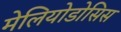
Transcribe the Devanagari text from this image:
मेलियोडोसिस